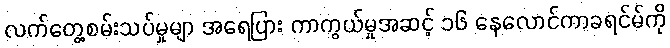
လက်တွေ့စမ်းသပ်မှုမျာ အရေပြား ကာကွယ်မှုအဆင့် ၁၆ နေလောင်ကာခရင်မ်ကို